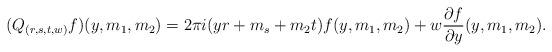
LaTeX: \begin{align*}(Q_{(r,s,t,w)}f)(y,m_{1},m_{2})=2\pi i(yr+m_{s}+m_{2}t)f(y,m_{1},m_{2})+w\frac{\partial f}{\partial y}(y,m_{1},m_{2}).\end{align*}